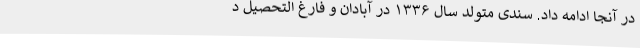
در آنجا ادامه داد. سندی متولد سال ۱۳۳۶ در آبادان و فارغ التحصیل د